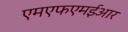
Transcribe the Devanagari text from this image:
एमएफएमईआर